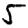
Digit: 5